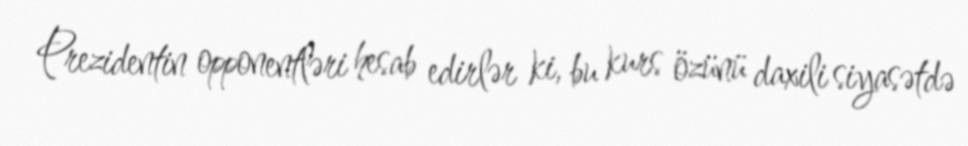
Prezidentin opponentləri hesab edirlər ki, bu kurs özünü daxili siyasətdə